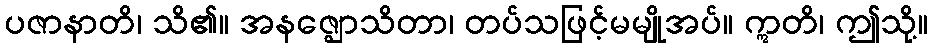
ပဇာနာတိ၊ သိ၏။ အနဇ္ဈောသိတာ၊ တပ်သဖြင့်မမျိုအပ်။ ဣတိ၊ ဤသို့။